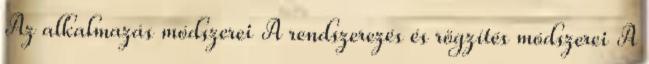
Az alkalmazás módszerei A rendszerezés és rögzítés módszerei A